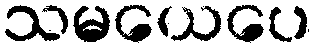
သမယေပေ